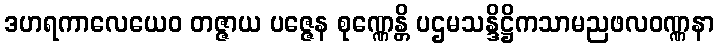
ဒဟရကာလေယေဝ တဇ္ဇာယ ပဇ္ဇေန စုဏ္ဏေန္တိ ပဌမသန္ဒိဋ္ဌိကသာမညဖလဝဏ္ဏနာ